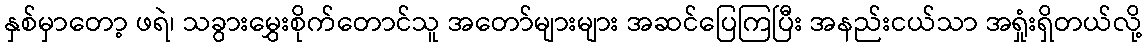
နှစ်မှာတော့ ဖရဲ၊ သခွားမွှေးစိုက်တောင်သူ အတော်များများ အဆင်ပြေကြပြီး အနည်းငယ်သာ အရှုံးရှိတယ်လို့